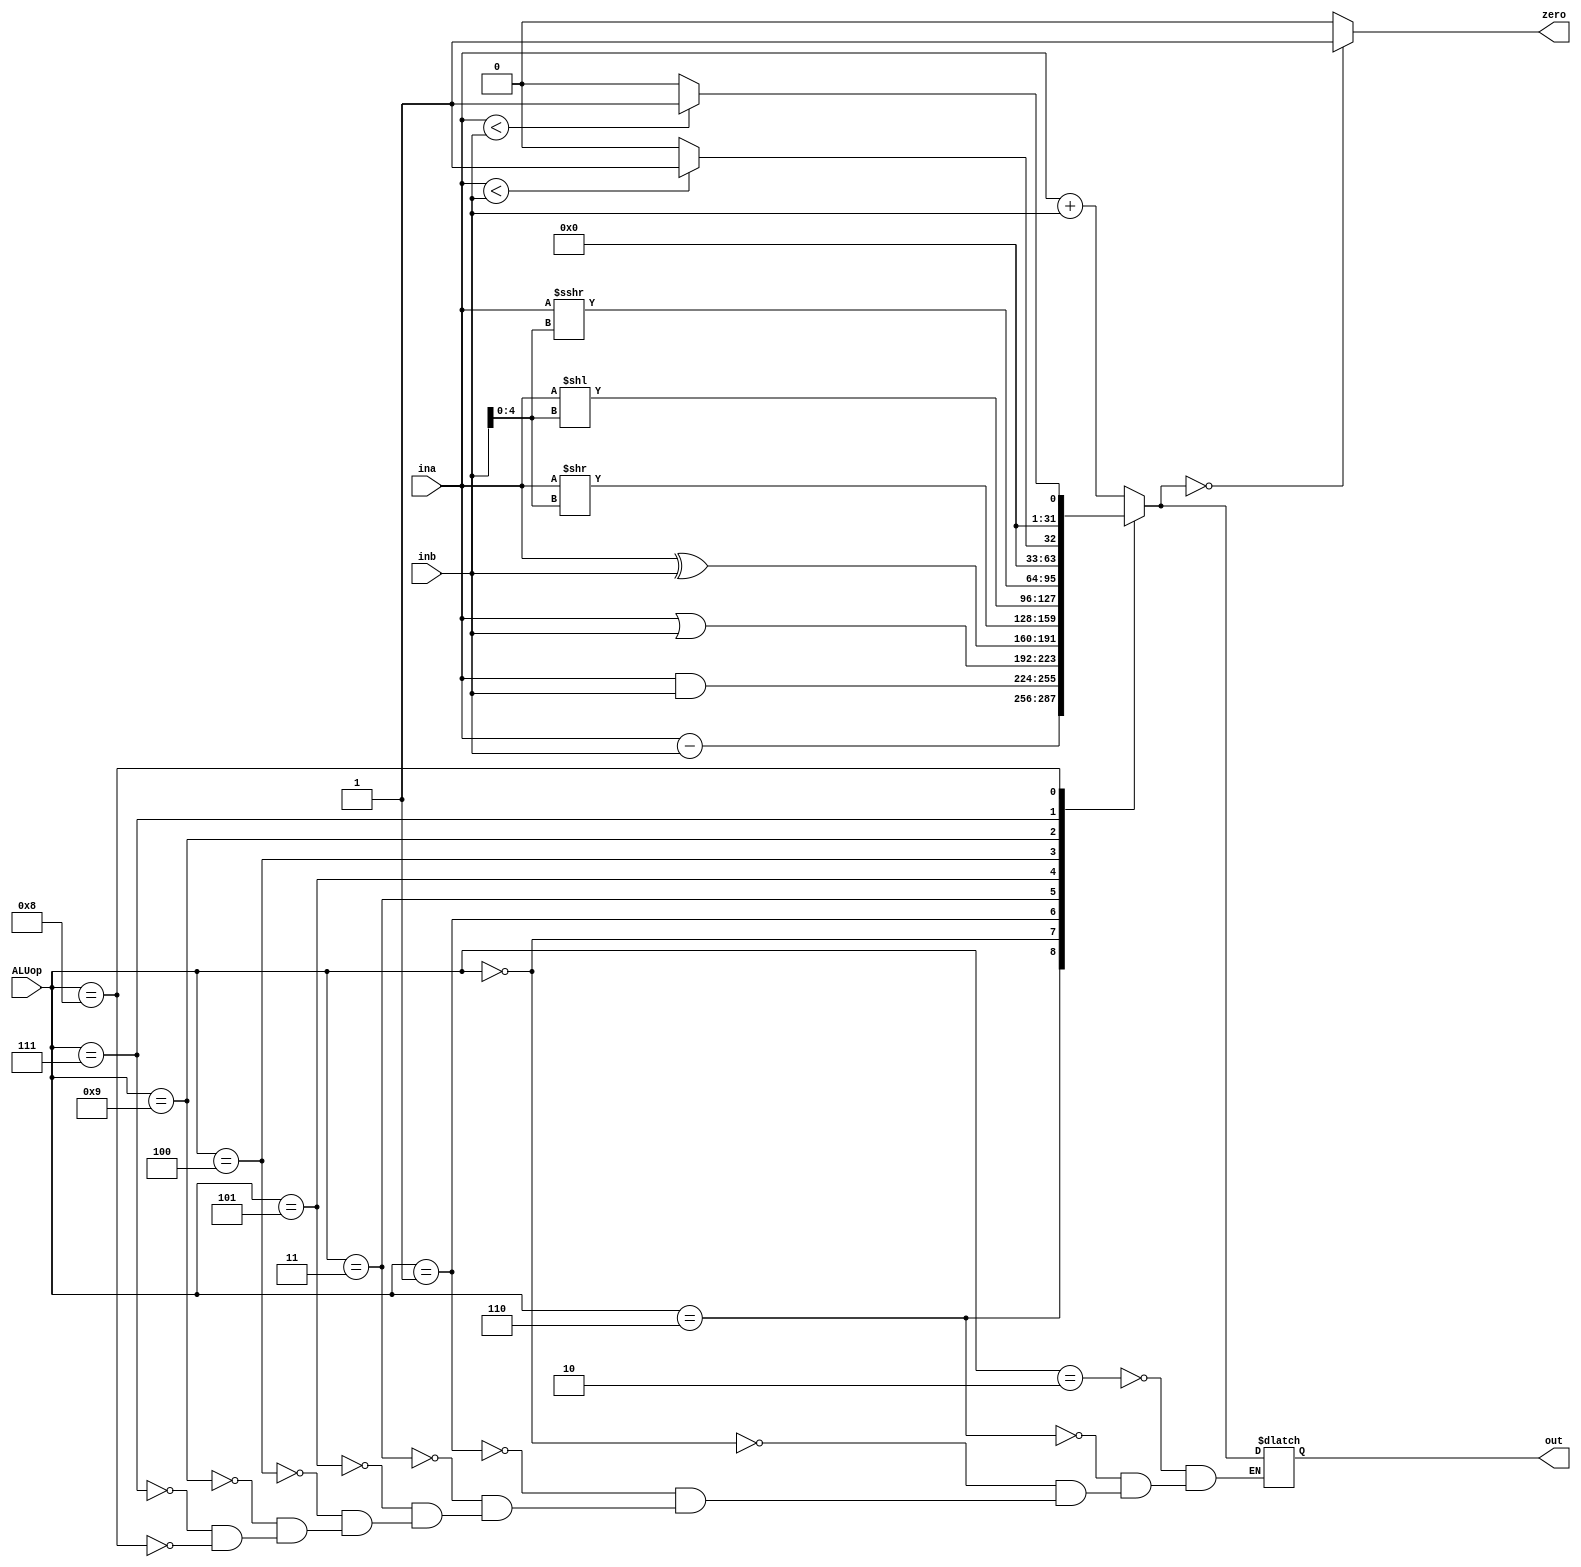
`timescale 1ns / 1ps
//////////////////////////////////////////////////////////////////////////////////
// Company: 
// Engineer: 
// 
// Design Name: 
// Module Name: ALU
// Project Name: 
// Target Devices: 
// Tool Versions: 
// Description: 
// 
// Dependencies: 
// 
// Revision:
// Revision 0.01 - File Created
// Additional Comments:
// 
//////////////////////////////////////////////////////////////////////////////////

// https://riscv.org/wp-content/uploads/2017/05/riscv-spec-v2.2.pdf
// ADD and SUB perform addition and subtraction respectively. Overflows are ignored and the low
// XLEN bits of results are written to the destination. SLT and SLTU perform signed and unsigned
// compares respectively, writing 1 to rd if rs1 < rs2, 0 otherwise. Note, SLTU rd, x0, rs2 sets rd to 1
// if rs2 is not equal to zero, otherwise sets rd to zero (assembler pseudo-op SNEZ rd, rs). AND, OR,
// and XOR perform bitwise logical operations.
// SLL, SRL, and SRA perform logical left, logical right, and arithmetic right shifts on the value in
// register rs1 by the shift amount held in the lower 5 bits of register rs2

// Branch instructions compare two registers. BEQ and BNE take the branch if registers rs1 and rs2
// are equal or unequal respectively. BLT and BLTU take the branch if rs1 is less than rs2, using
// signed and unsigned comparison respectively. BGE and BGEU take the branch if rs1 is greater
// than or equal to rs2, using signed and unsigned comparison respectively. Note, BGT, BGTU,
// BLE, and BLEU can be synthesized by reversing the operands to BLT, BLTU, BGE, and BGEU,
// respectively


module ALU(input [3:0] ALUop,
           input [31:0] ina,inb,
           output reg zero,
           output reg [31:0] out);
           
  always @(*) begin
        case (ALUop)
            // ld, sd and add
            4'b0010: 
                out = ina + inb;
            // sub, beq, bne
            4'b0110: 
                out = ina - inb;
            // and 
            4'b0000: 
                out = ina & inb;
            // or 
            4'b0001: 
                out = ina | inb;
            // xor 
            4'b0011: 
                out = ina ^ inb;
            // srl, srli 
            4'b0101: 
                out = ina >> inb[4:0];
            // sll, slli 
            4'b0100: 
                out = ina << inb[4:0];
            // sra, srai 
            4'b1001: 
                out = ina >>> inb[4:0];
            // sltu, bltu, bgeu 
            4'b0111: 
                if (ina < inb) begin
                    out = 32'b1;
                    end
                    else begin
                        out = 32'b0;
                    end
            // slt, blt, bge
            4'b1000:
                if ($signed(ina) < $signed(inb)) begin
                    out = 32'b1;
                    end
                    else begin
                        out = 32'b0;
                    end         
                                                                                                                                                                                                                                                                                                                                                                                                     
        endcase
        
        zero = 0;
        if (out[31:0] == 32'b0) begin
            zero = 1;
        end     
    end
    
              
           
endmodule